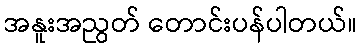
အနူးအညွတ် တောင်းပန်ပါတယ်။